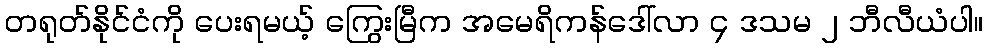
တရုတ်နိုင်ငံကို ပေးရမယ့် ကြွေးမြီက အမေရိကန်ဒေါ်လာ ၄ ဒသမ ၂ ဘီလီယံပါ။